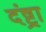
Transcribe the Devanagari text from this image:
दंष्ट्रा